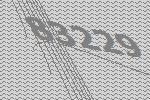
83229